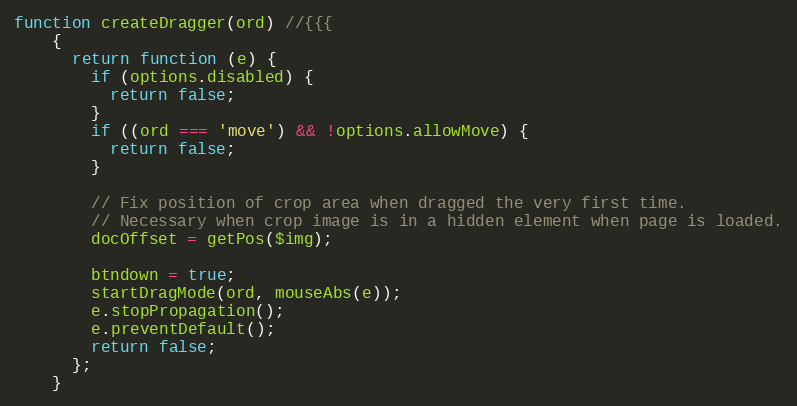
Language: JavaScript
function createDragger(ord) //{{{
    {
      return function (e) {
        if (options.disabled) {
          return false;
        }
        if ((ord === 'move') && !options.allowMove) {
          return false;
        }

        // Fix position of crop area when dragged the very first time.
        // Necessary when crop image is in a hidden element when page is loaded.
        docOffset = getPos($img);

        btndown = true;
        startDragMode(ord, mouseAbs(e));
        e.stopPropagation();
        e.preventDefault();
        return false;
      };
    }